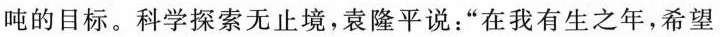
吨的目标。科学探索无止境，袁隆平说：”在我有生之年，希望